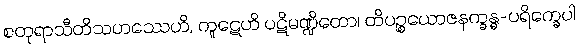
စတုရာသီတိသဟဿေဟိ, ကူဋေဟိ ပဋိမဏ္ဍိတော၊ တိပဉ္စယောဇနက္ခန္ဓ-ပရိက္ခေပါ